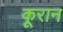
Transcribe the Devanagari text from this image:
कूरान